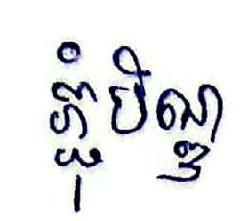
ភ្ជុំបិណ្ឌ